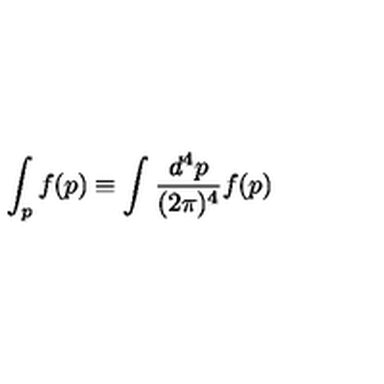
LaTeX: \int _ { p } f ( p ) \equiv \int \frac { d ^ { 4 } p } { ( 2 \pi ) ^ { 4 } } f ( p )